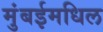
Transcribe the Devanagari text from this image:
मुंबईमधिल